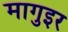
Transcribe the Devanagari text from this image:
मागुइर